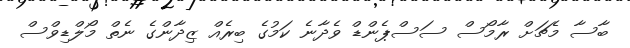
ބާސާ މެޗަށް ރާމޯސް ސަސްޕެންޑް ވެދާނެ ކަމުގެ ބިރެއް ޒިދާންގެ ނެތް މޯލްޑިވްސް